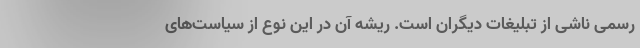
رسمی ناشی از تبلیغات دیگران است. ریشه آن در این نوع از سیاست‌های